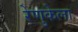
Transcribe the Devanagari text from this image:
रेणुकेला